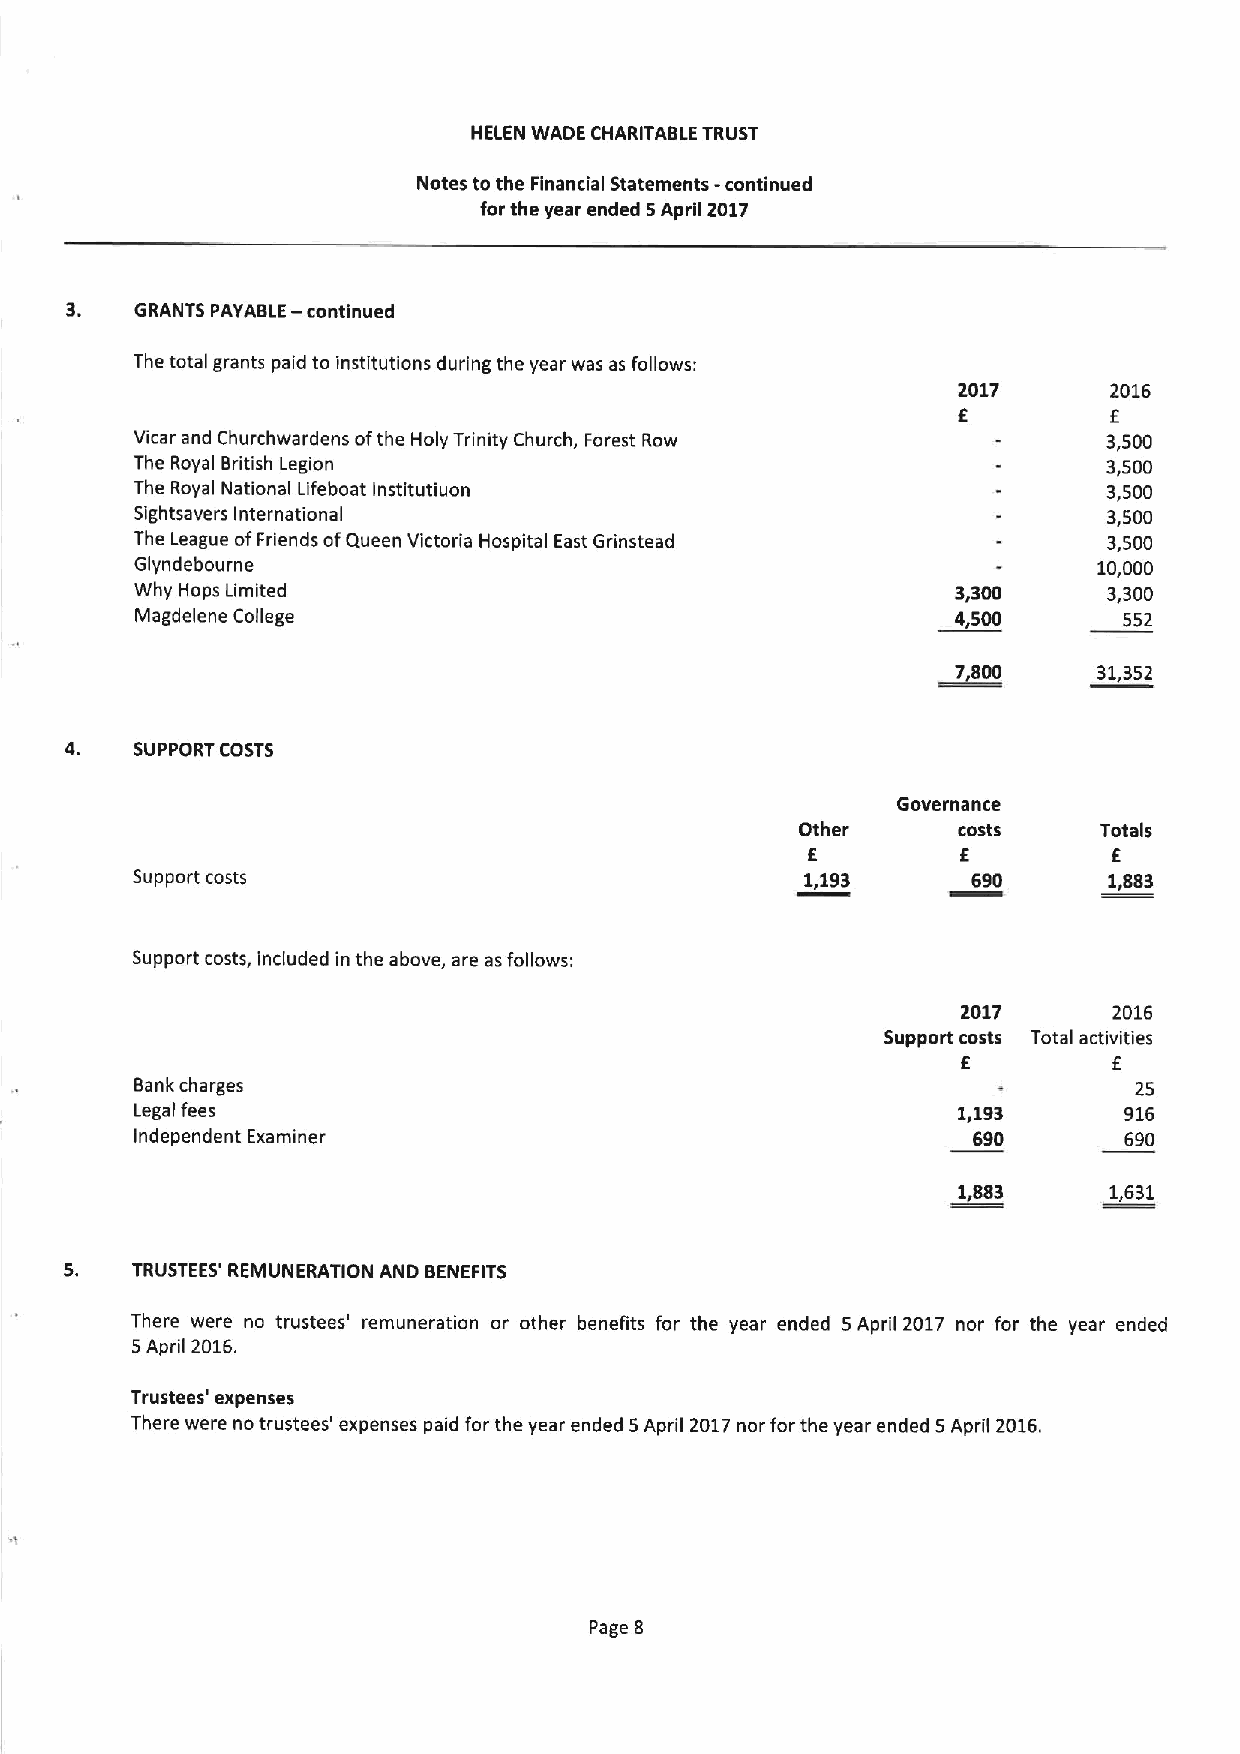
HELEN WADE CHARITABLE TRUST
 Notes to the Financial Statements -continued
 for the year ended 5April 2017
 —
 GRANTS PAYABLE continued
 The total grants paid to institutions during the year was as follows:
 2017      2016
 f         f
 Vicar and Churchwardens ofthe Holy Trinity Church, Forest Row   3,500
 The Royal British Legion                                        3,500
 The Royal National Lifeboat lnstitutiuon                        3,500
 Sightsavers International                                       3,500
 The League ofFriends ofQueen Victoria Hospital East Grinstead   3,500
 Glyndebourne                                                    10,000
 Why Hops Limited                                      3,300     3,300
 Magdelene College                                     4,500      552
 ~7800      31,352
 4.   SUPPORT COSTS
 Governance
 Other     costs     Totals
 f         f
 E
 Support costs                               1,193      690      1,883
 Support costs, included in the above, are as follows:
 2017      2016
 Support costs Total activities
 f         f
 Bank charges                                                      25
 Legalfees                                             1,193      916
 Independent Examiner                                   690       690
 1,883     1,631
 TRUSTEES' REMUNERATION AND BENEFITS
 There were no trustees' remuneration or other benefits for the year ended 5April 2017 nor for the year ended
 5April 2016.
 Trustees' expenses
 There were no trustees' expenses paid for the year ended 5April 2017nor forthe year ended 5April 2016.
 Page 8